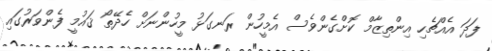
ފަދަ އެއްޗެހި އިންތިޒާމް ކޮށްގެންވެސް އެމީހުން ރަނގަޅު މީހުންނަށް ހެދޭތޯ ޤައުމީ ފެންވަރުގައި